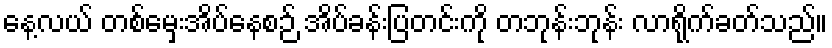
နေ့လယ် တစ်မှေးအိပ်နေစဉ် အိပ်ခန်းပြတင်းကို တဘုန်းဘုန်း လာရိုက်ခတ်သည်။